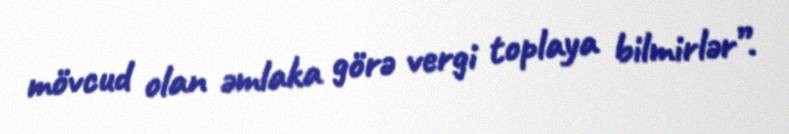
mövcud olan əmlaka görə vergi toplaya bilmirlər”.